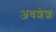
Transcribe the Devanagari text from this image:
अवशेशः